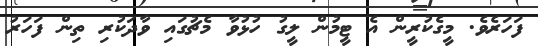
ފަހަރެވެ. މީގެކުރީން އެ ޓީމުން ލީގު ހުޅުވާ މެޗުގައި ވާދަކުރި ތިން ފަހަރު